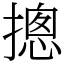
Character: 摠